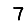
Digit: 7